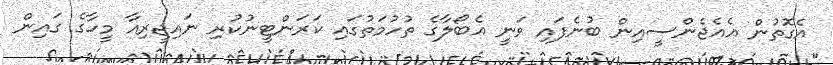
އެގޮތުން އެއެޖެންސީއިން ބުނެފައި ވަނީ އެބޯލާގެ ތުހުމަތުގައި ކަރަންޓީނުކުރި ނައިޖީރިއާ މީހާގެ ގައިން